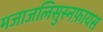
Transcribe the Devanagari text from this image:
मजाजलिसुस्नफ़ायस